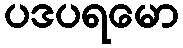
ပဒပရမော